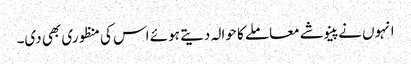
انہوں نے پینوشے معاملے کا حوالہ دیتے ہوئے اس کی منظوری بھی دی۔